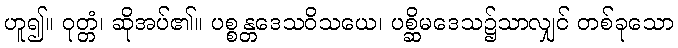
ဟူ၍။ ဝုတ္တံ၊ ဆိုအပ်၏။ ပစ္စန္တဒေသဝိသယေ၊ ပစ္ဆိမဒေသ၌သာလျှင် တစ်ခုသော